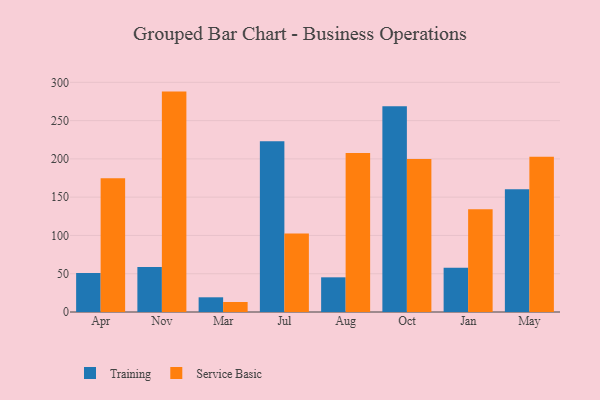
{"axis": {"x": "Month", "y": "LTV (USD)"}, "legend": ["Service Basic", "Training"], "data": [{"x": "Apr", "y": 50.8, "type": "Training"}, {"x": "Apr", "y": 174.8, "type": "Service Basic"}, {"x": "Nov", "y": 58.8, "type": "Training"}, {"x": "Nov", "y": 287.9, "type": "Service Basic"}, {"x": "Mar", "y": 19.2, "type": "Training"}, {"x": "Mar", "y": 13.1, "type": "Service Basic"}, {"x": "Jul", "y": 222.9, "type": "Training"}, {"x": "Jul", "y": 102.6, "type": "Service Basic"}, {"x": "Aug", "y": 45.3, "type": "Training"}, {"x": "Aug", "y": 207.6, "type": "Service Basic"}, {"x": "Oct", "y": 268.8, "type": "Training"}, {"x": "Oct", "y": 199.9, "type": "Service Basic"}, {"x": "Jan", "y": 57.7, "type": "Training"}, {"x": "Jan", "y": 134.1, "type": "Service Basic"}, {"x": "May", "y": 160.5, "type": "Training"}, {"x": "May", "y": 202.7, "type": "Service Basic"}]}